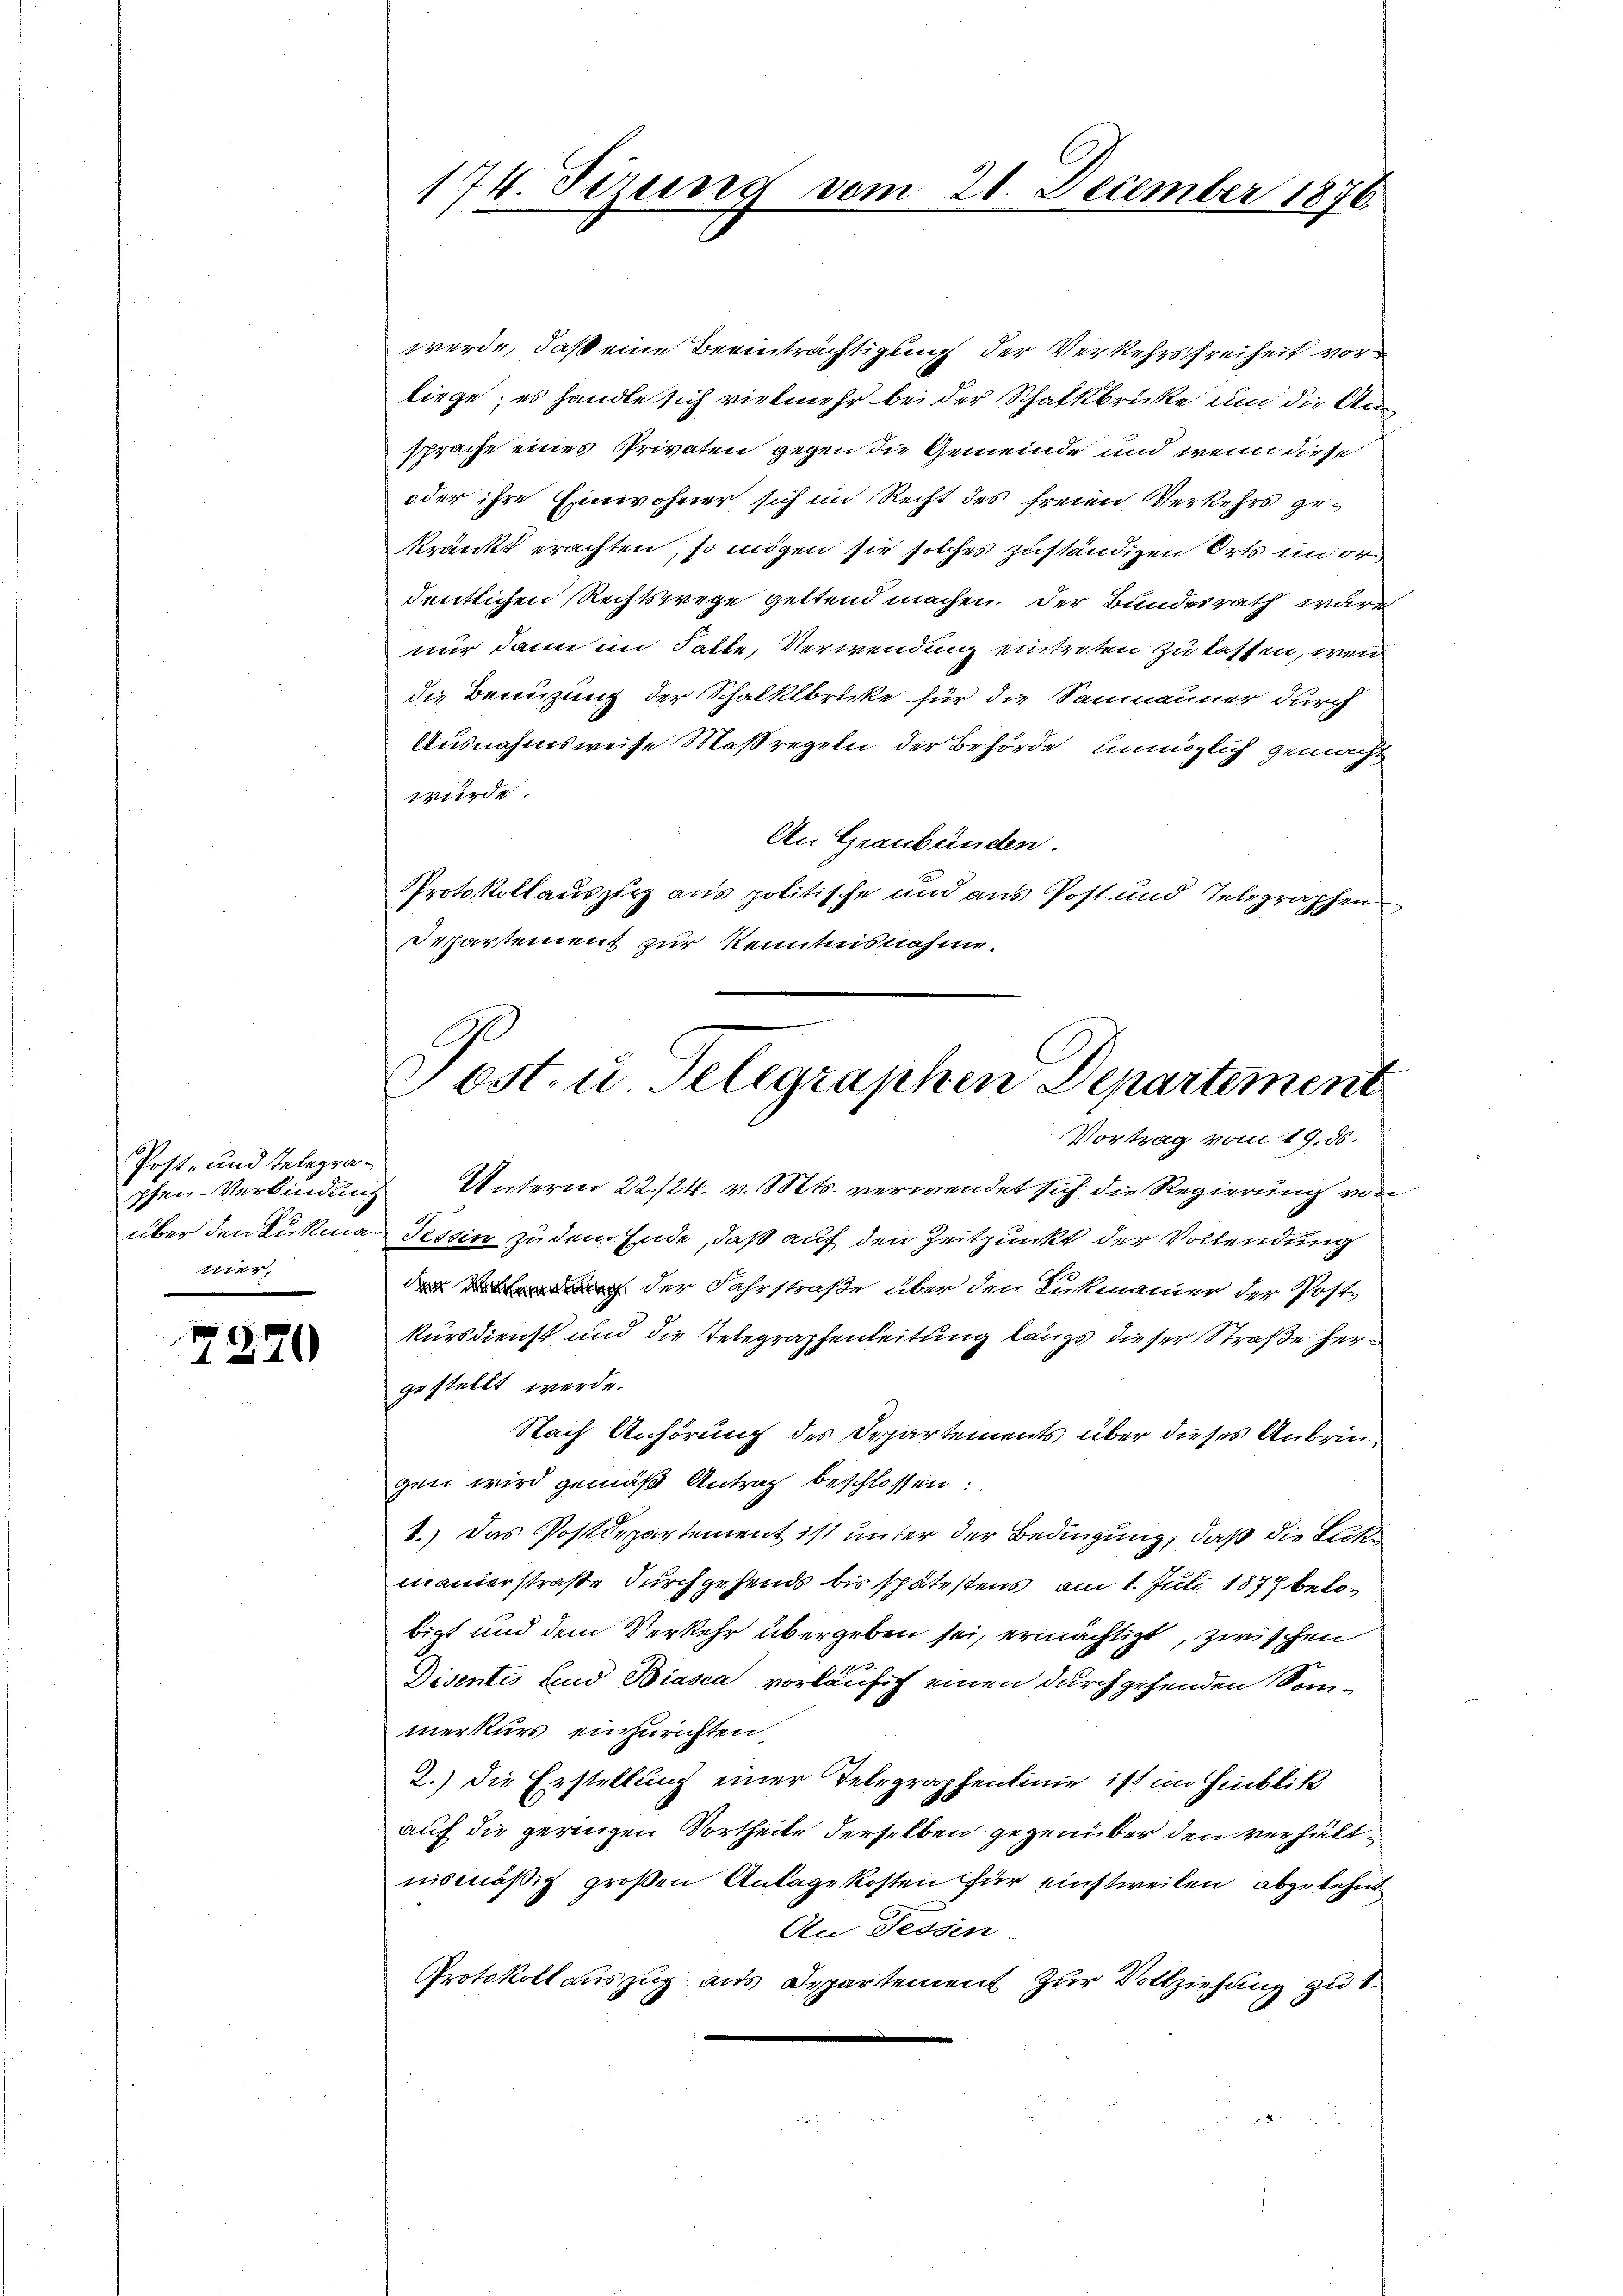
Post- und Telegraphen-Verbindung
mer,

7270

werde, daß eine Beeinträchtigung der Verkehrsfreiheit vor
liege; es handle sich vielmehr bei der Schattbrücke und die Ansprache eines Privaten gegen die Gemeinde und wenn diese
oder ihre Einwohner sich im Recht des freien Verkehrs gekränkt erachten, so mögen sie solches zuständigen Orts im ord
dentlichen Rechtswege geltend machen. Der Bundesrath wäre
nur dann im Falle, Verwendung eintreten zu lassen, wenn
die Benuzung der Schalklbrücke für die Samnauner durch
Ausnahmsweise Maßregeln der Behörde unmöglich gemacht
würde.
An Graubünden.
PProtokollauszug aus politische und aus Post und Telegraphen
Departement zur Kenntnisnahme.

174. Sezung vom 21. December 1876.

Post. u. Telegraphen Departement
Vortrag vom 19. ds.

Unterm 22./24. v. Mts. verwendet sich die Regierung von
über den Lukman Tessin zu dem Ende, daß auf den Zeitpunkt der Vollendung
 der Fahrstraße über den Lukmanier der Post
kursdienst und die Telegraphenleitung längs dieser Straße hergestellt werde.
Nach Anhörung des Departements über dieses Anbringen wird gemäß Antrag beschlossen:
1.) Das Postdepartement ist unter der Bedingung, daß die Blitmanierstraße durchgehends bis schätestens am 1. Juli 1877 belobigt und dem Verkehr übergeben sei, ermächtigt, zwischen
Disentis und Biasca vorläufig einen durchgehenden Sommerkurs einzurichten,
2.) Die Erstellung einer Telegraphenlinie ist im Hinblik
auf die geringen Vortheile derselben gegenüber den verhältnismäßig großen Anlagekosten für einstweilen, abgelehnt
An Tessin
Protokoll auszug aus Departement zur Vollziehung zu S.